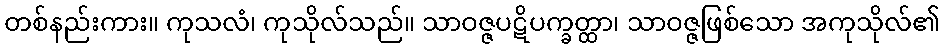
တစ်နည်းကား။ ကုသလံ၊ ကုသိုလ်သည်။ သာဝဇ္ဇပဋိပက္ခတ္ထာ၊ သာဝဇ္ဇဖြစ်သော အကုသိုလ်၏